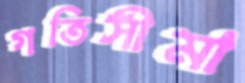
গতিসীমা